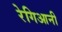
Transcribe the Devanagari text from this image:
रेगिआनी